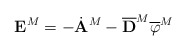
\begin{align*}{\bf E}^M=-\dot{\bf A}^M-\overline{\bf D}^M\overline{\varphi}^M\end{align*}